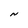
Character: N